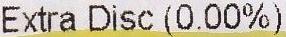
EXTRA DISC (0.00%)